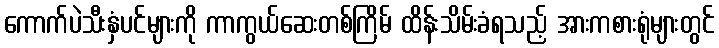
ကောက်ပဲသီးနှံပင်များကို ကာကွယ်ဆေးတစ်ကြိမ် ထိန်းသိမ်းခံရသည့် အားကစားရုံများတွင်